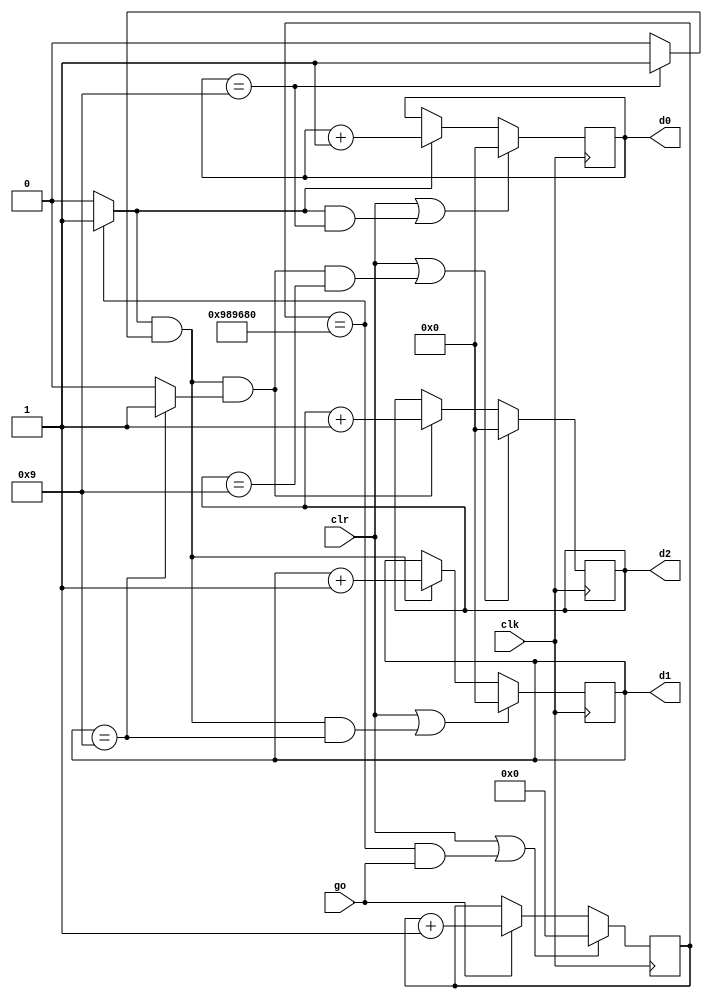
module stopwatch(
    input clk,                //input clock, 100MHZ on Basys 3
    input go,                 //go signal to start/stop counter
    input clr,                //clr signal to reset counter
    output [3:0] d2, d1, d0   //output for 10, 1, and 0.1 increments on counter
    );
    
    parameter DVSR = 10000000; //Mod-M counter for 0.1 second tick with 100MHZ clock
    
    reg [31:0] ms_reg;         
    wire [31:0] ms_next;
    
    reg [3:0] d2_reg, d1_reg, d0_reg;         //BCD second registers
    wire [3:0] d2_next, d1_next, d0_next;     //BCD second next value (stay same, count up, roll over from 9 to 0)
    
    wire d2_en, d1_en, d0_en;                 //Enable status of if 10, 1, and 0.1 second should count
    
    wire ms_tick, d0_tick, d1_tick;           //tick status 
    
    //register
    always @(posedge clk)
    begin
        ms_reg <= ms_next;
        d2_reg <= d2_next;
        d1_reg <= d1_next;
        d0_reg <= d0_next;
    end
    
    //next state logic
    //0.1 second tick generator
    assign ms_next = (clr || (ms_reg == DVSR && go)) ? 0 :
                     (go) ?   ms_reg + 1 :
                              ms_reg;
    //asserts ms_tick if DVSR at max for counter                      
    assign ms_tick = (ms_reg == DVSR) ? 1'b1 : 1'b0;
    
    //0.1 sec counter
    assign d0_en   = ms_tick; //increments every time ms_tick is asserted (once a millisecond)
    assign d0_next = (clr || (d0_en && d0_reg == 9)) ? 4'b0000:
                     (d0_en) ? d0_reg + 1 : 
                               d0_reg;
    assign d0_tick = (d0_reg == 9) ? 1'b1 : 1'b0;
    
    //1 sec counter
    assign d1_en   = ms_tick & d0_tick; //increments every time ms_tick is asserted (once a millisecond)
    assign d1_next = (clr || (d1_en && d1_reg == 9)) ? 4'b0000:
                     (d1_en) ? d1_reg + 1 : 
                               d1_reg;
    assign d1_tick = (d1_reg == 9) ? 1'b1 : 1'b0;
    
    //10 sec counter
    assign d2_en   = ms_tick & d0_tick & d1_tick; //increments every time ms_tick is asserted (once a millisecond)
    assign d2_next = (clr || (d2_en && d2_reg == 9)) ? 4'b0000:
                     (d2_en) ? d2_reg + 1 : 
                               d2_reg;
    
    //output logic
    assign d0 = d0_reg;
    assign d1 = d1_reg;
    assign d2 = d2_reg;
    
endmodule